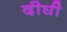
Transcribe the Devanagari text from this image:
दीघी